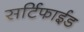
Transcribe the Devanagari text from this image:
सर्टिफाईड